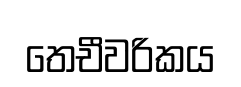
තෙචීවරිකය